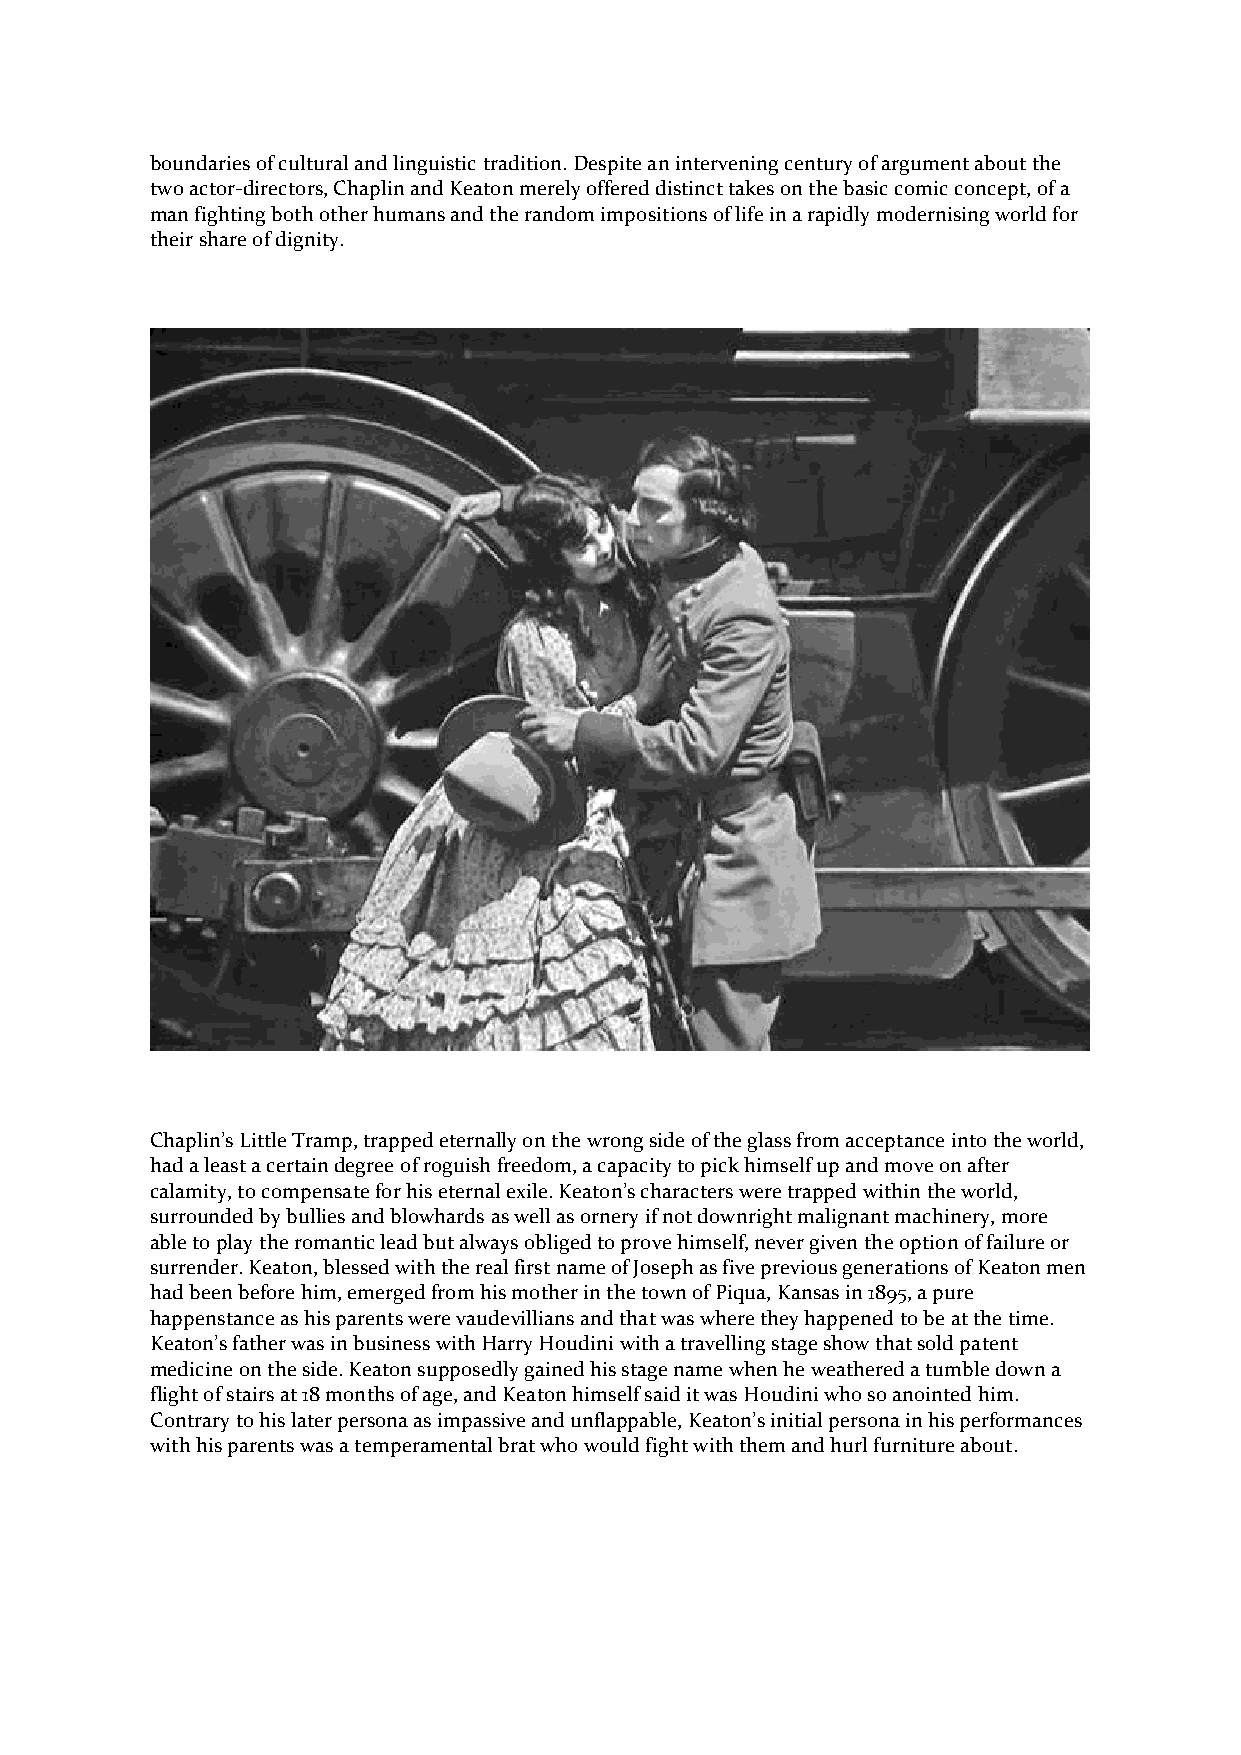
boundaries of cultural and linguistic tradition. Despite an intervening century of argument about the
 two actor-directors, Chaplin and Keaton merely offered distinct takes on the basic comic concept, of a
 man fighting both other humans and the random impositions of life in a rapidly modernising world for
 their share of dignity.
 Chaplin’s Little Tramp, trapped eternally on the wrong side of the glass from acceptance into the world,
 had a least a certain degree of roguish freedom, a capacity to pick himself up and move on after
 calamity, to compensate for his eternal exile. Keaton’s characters were trapped within the world,
 surrounded by bullies and blowhards as well as ornery if not downright malignant machinery, more
 able to play the romantic lead but always obliged to prove himself, never given the option of failure or
 surrender. Keaton, blessed with the real first name of Joseph as five previous generations of Keaton men
 had been before him, emerged from his mother in the town of Piqua, Kansas in 1895, a pure
 happenstance as his parents were vaudevillians and that was where they happened to be at the time.
 Keaton’s father was in business with Harry Houdini with a travelling stage show that sold patent
 medicine on the side. Keaton supposedly gained his stage name when he weathered a tumble down a
 flight of stairs at 18 months of age, and Keaton himself said it was Houdini who so anointed him.
 Contrary to his later persona as impassive and unflappable, Keaton’s initial persona in his performances
 with his parents was a temperamental brat who would fight with them and hurl furniture about.